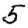
Digit: 5